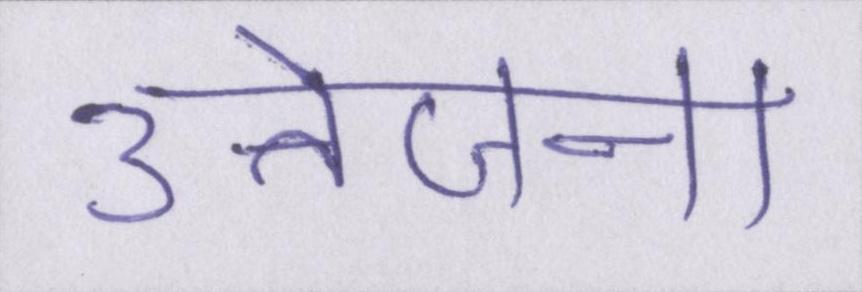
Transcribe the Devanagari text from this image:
उत्तेजना